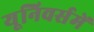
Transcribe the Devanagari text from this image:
यूनिवर्समें